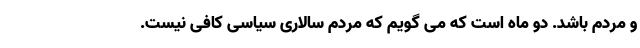
و مردم باشد. دو ماه است که می گویم که مردم سالاری سیاسی کافی نیست.